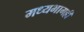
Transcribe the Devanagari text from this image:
मध्यभागही